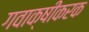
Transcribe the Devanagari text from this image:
गवाक्षीकरक